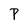
Character: P